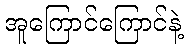
အူကြောင်ကြောင်နဲ့